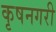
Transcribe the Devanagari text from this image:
कृषनगरी